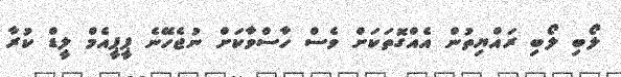
ލޯބި ލޯބި ރައްޔިތުން އެެއްގޮތަކަށް ވެސް ހާސްވާކަށް ނުޖެހޭނެ ޕީޕީއެމް ލީޑް ކުރާ